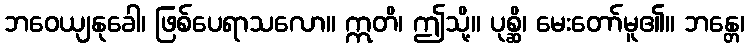
ဘဝေယျနုခေါ၊ ဖြစ်ပေရာသလော။ ဣတိ၊ ဤသို့။ ပုစ္ဆိ၊ မေးတော်မူ၏။ ဘန္တေ၊